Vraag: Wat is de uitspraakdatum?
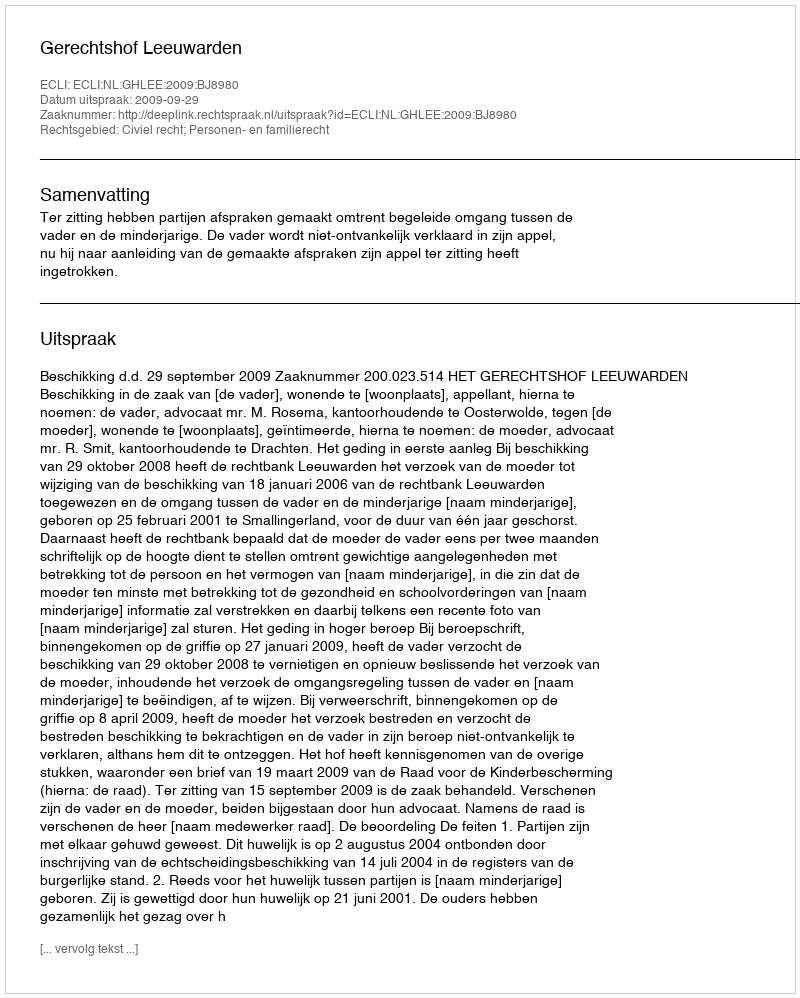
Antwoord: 2009-09-29